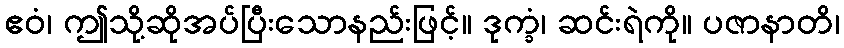
ဧဝံ၊ ဤသို့ဆိုအပ်ပြီးသောနည်းဖြင့်။ ဒုက္ခံ၊ ဆင်းရဲကို။ ပဇာနာတိ၊